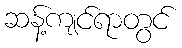
ဆန့်ကျင်ရာတွင်